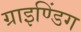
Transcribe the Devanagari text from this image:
ग्राइण्डिंग